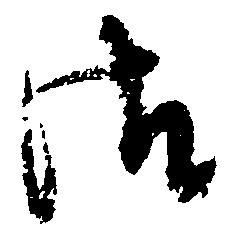
御